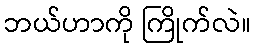
ဘယ်ဟာကို ကြိုက်လဲ။